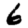
Digit: 6